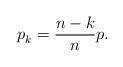
LaTeX: \begin{align*}p_{k}^{} = \frac{n-k}{n} p.\end{align*}